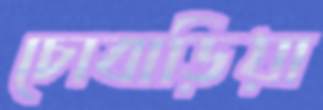
চোবাড়িয়া